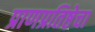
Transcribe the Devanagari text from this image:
प्राणप्रतिष्ठेचा